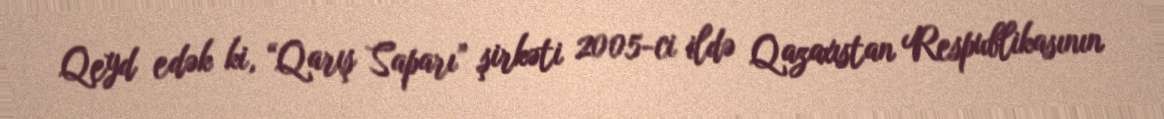
Qeyd edək ki, “Qarış Saparı” şirkəti 2005-ci ildə Qazaxıstan Respublikasının